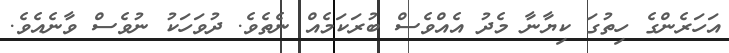
އަހަރެންގެ ހިތުގަ ކިޔާނާ މެދު އެއްވެސް ބުރަކަމެއް ނެތެވެ. ދުވަހަކު ނުވެސް ވާނެއެވެ.